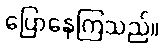
ပြောနေကြသည်။